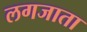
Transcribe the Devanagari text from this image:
लगजाता